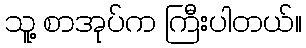
သူ့ စာအုပ်က ကြီးပါတယ်။